Annual report on the working of the lock hospitals in the North-Western Provinces and Oudh
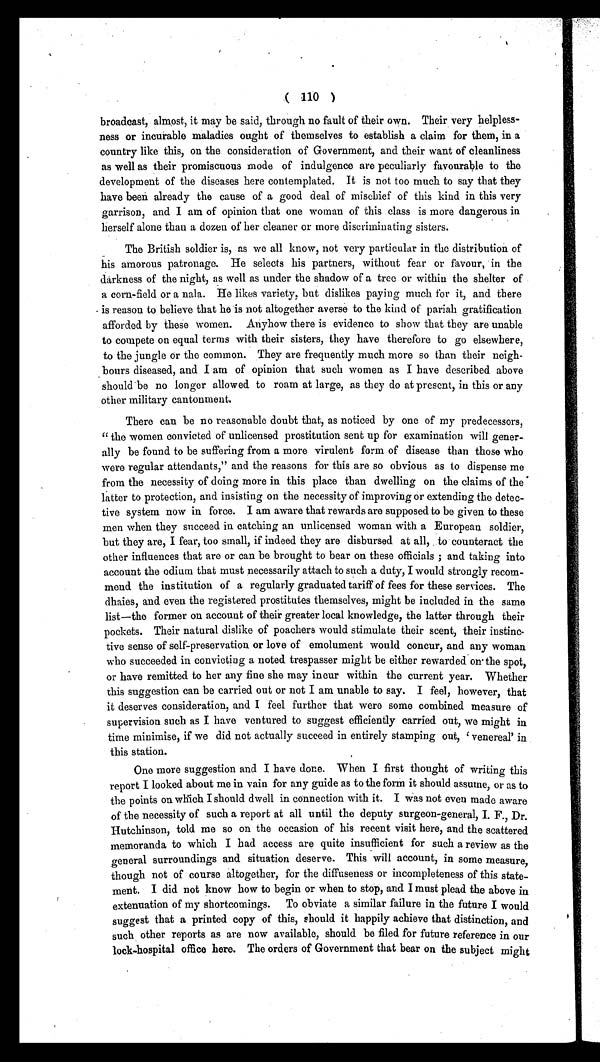
( 110 )
broadcast, almost, it may be said, through no fault of their own. Their very helpless-
ness or incurable maladies ought of themselves to establish a claim for them, in a
country like this, on the consideration of Government, and their want of cleanliness
as well as their promiscuous mode of indulgence are peculiarly favourable to the
development of the diseases here contemplated. It is not too much to say that they
have been already the cause of a good deal of mischief of this kind in this very
garrison, and I am of opinion that one woman of this class is more dangerous in
herself alone than a dozen of her cleaner or more discriminating sisters.
The British soldier is, as we all know, not very particular in the distribution of
his amorous patronage. He selects his partners, without fear or favour, in the
darkness of the night, as well as under the shadow of a tree or within the shelter of
a corn-field or a nala. He likes variety, but dislikes paying much for it, and there
is reason to believe that he is not altogether averse to the kind of pariah gratification
afforded by these women. Anyhow there is evidence to show that they are unable
to compete on equal terms with their sisters, they have therefore to go elsewhere,
to the jungle or the common. They are frequently much more so than their neigh-
bours diseased, and I am of opinion that such women as I have described above
should be no longer allowed to roam at large, as they do at present, in this or any
other military cantonment.
There can be no reasonable doubt that, as noticed by one of my predecessors,
" the women convicted of unlicensed prostitution sent up for examination will gener-
ally be found to be suffering from a more virulent form of disease than those who
were regular attendants," and the reasons for this are so obvious as to dispense me
from the necessity of doing more in this place than dwelling on the claims of the
latter to protection, and insisting on the necessity of improving or extending the detec-
tive system now in force. I am aware that rewards are supposed to be given to these
men when they succeed in catching an unlicensed woman with a European soldier,
but they are, I fear, too small, if indeed they are disbursed at all, to counteract the
other influences that are or can be brought to bear on these officials; and taking into
account the odium that must necessarily attach to such a duty, I would strongly recom-
mend the institution of a regularly graduated tariff of fees for these services. The
dhaies, and even the registered prostitutes themselves, might be included in the same
list—the former on account of their greater local knowledge, the latter through their
pockets. Their natural dislike of poachers would stimulate their scent, their instinc-
tive sense of self-preservation or love of emolument would concur, and any woman
who succeeded in convicting a noted trespasser might be either rewarded on the spot,
or have remitted to her any fine she may incur within the current year. Whether
this suggestion can be carried out or not I am unable to say. I feel, however, that
it deserves consideration, and I feel further that were some combined measure of
supervision such as I have ventured to suggest efficiently carried out, we might in
time minimise, if we did not actually succeed in entirely stamping out, 'venereal' in
this station.
One more suggestion and I have done. When I first thought of writing this
report I looked about me in vain for any guide as to the form it should assume, or as to
the points on which I should dwell in connection with it. I was not even made aware
of the necessity of such a report at all until the deputy surgeon-general, I. F., Dr.
Hutchinson, told me so on the occasion of his recent visit here, and the scattered
memoranda to which I had access are quite insufficient for such a review as the
general surroundings and situation deserve. This will account, in some measure,
though not of course altogether, for the diffuseness or incompleteness of this state-
ment. I did not know how to begin or when to stop, and I must plead the above in
extenuation of my shortcomings. To obviate a similar failure in the future I would
suggest that a printed copy of this, should it happily achieve that distinction, and
such other reports as are now available, should be filed for future reference in our
lock hospital office here. The orders of Government that bear on the subject might